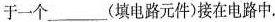
于一个___(填电路元件)接在电路中.